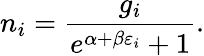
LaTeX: n_{i}={\frac{g_{i}}{e^{\alpha+\beta\varepsilon_{i}}+1}}.